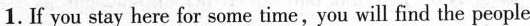
1.f you stay here for some time,you will find the people